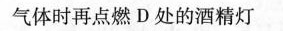
气体时再点燃D处的酒精灯